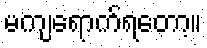
မကျရောက်ရတော့။